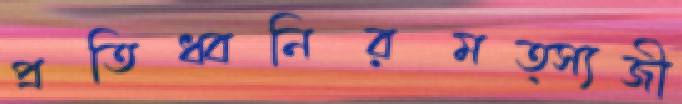
প্রতিধ্বনিরমত্স্যজী